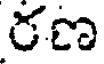
రణ